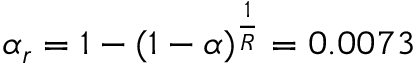
\alpha _ { r } = 1 - ( 1 - \alpha ) ^ { \frac { 1 } { R } } = 0 . 0 0 7 3